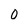
Character: 0